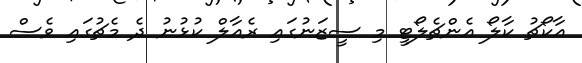
އާކޯޗު ކާލޯ އެންޗެލޯޓީ މި ސީޒަނުގައި ރެއާލް ކުޅުނު ދެ މެޗުގައި ވެސް